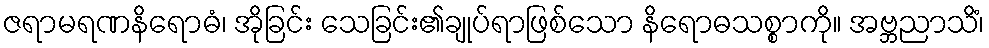
ဇရာမရဏနိရောဓံ၊ အိုခြင်း သေခြင်း၏ချုပ်ရာဖြစ်သော နိရောဓသစ္စာကို။ အဗ္ဘညာသိံ၊